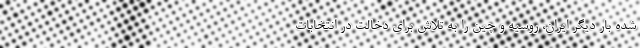
شده بار دیگر ایران، روسیه و چین را به تلاش برای دخالت در انتخابات